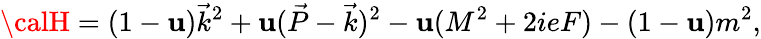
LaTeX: {\calH}=(1-\mathbf{u})\vec{{k}}^{2}+\mathbf{u}(\vec{{P}}-\vec{{k}})^{2}-\mathbf{u}(M^{2}+2ieF)-(1-\mathbf{u})m^{2},